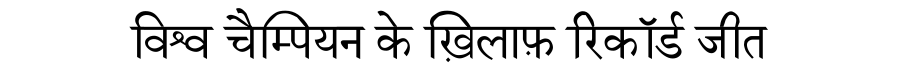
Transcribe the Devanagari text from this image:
विश्व चैम्पियन के ख़िलाफ़ रिकॉर्ड जीत